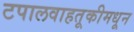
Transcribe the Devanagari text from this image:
टपालवाहतूकीमधून